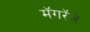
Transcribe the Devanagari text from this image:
मॅगरॅज़